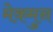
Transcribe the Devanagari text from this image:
मेक़मुन